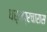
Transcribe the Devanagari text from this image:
धर्मप्रचारास